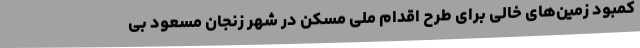
کمبود زمین‌های خالی برای طرح اقدام ملی مسکن در شهر زنجان مسعود بی